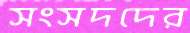
সংসদদের